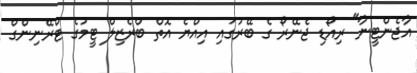
އާޖެންޓީނާ" ރިއޯޑި ޖެނޭރޯ ގެ ބޭރުގައި އިއްޔެ އޮތް ބްރެޒިލް ޓީމުގެ ޓްރޭނިންގް